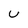
Character: U